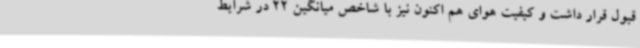
قبول قرار داشت و کیفیت هوای هم اکنون نیز با شاخص میانگین 22‌ در شرایط